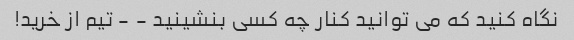
نگاه کنید که می توانید کنار چه کسی بنشینید - - تیم از خرید!